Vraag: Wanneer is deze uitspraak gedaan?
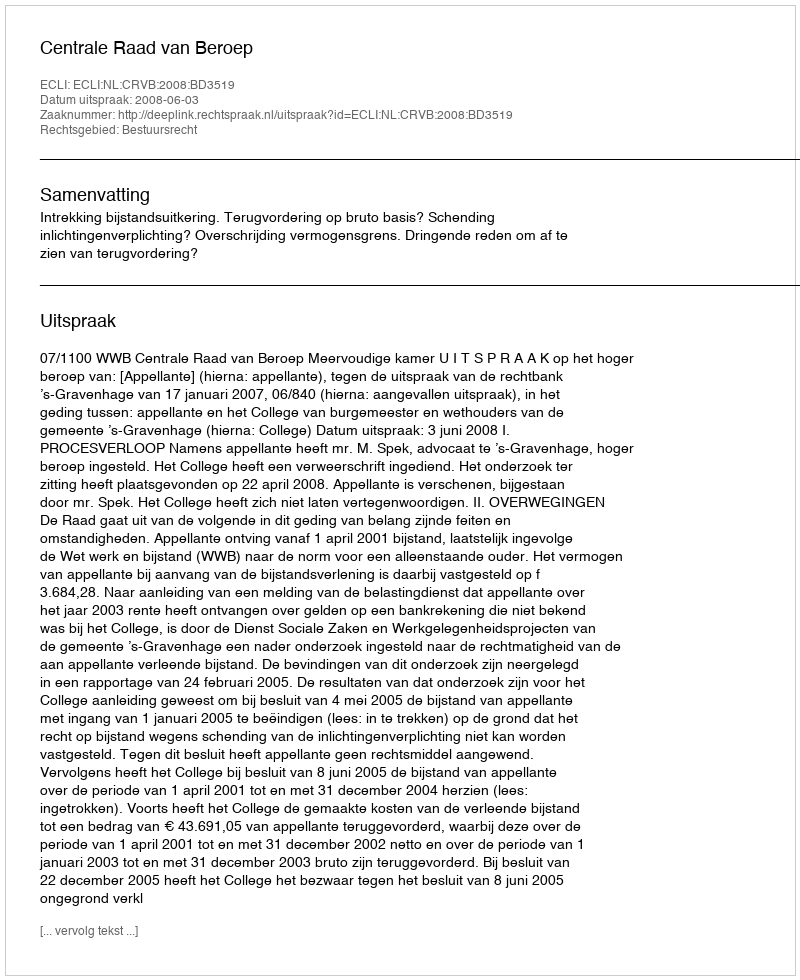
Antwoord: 2008-06-03